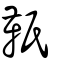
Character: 𩉬